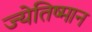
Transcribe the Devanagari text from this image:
ज्येतिष्मान